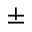
\pm